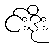
င်းဒိုး